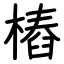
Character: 樁